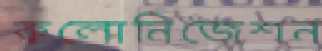
কলোনিজেশন